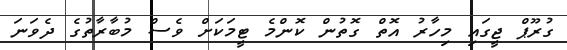
ގުރޫޕް ޖީގައި މިހާރު އޮތް ގޮތުން ކޮންމެ ޓީމަކަށް ވެސް މުބާރާތުގެ ދެވަނަ